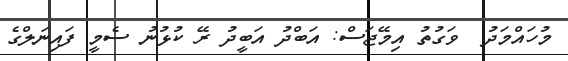
މުހައްމަދު  ވަގުތު އިމޭޖަސް: އަބްދު އަބީދު ރޭ ކުޅުނު ސެމީ ފައިނަލްގެ